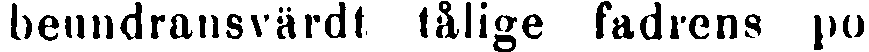
beundransvärdt tålige fadrens po